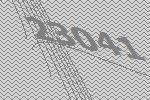
23041